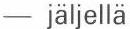
 jäljellä